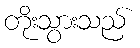
တိုးသွားသည်